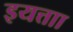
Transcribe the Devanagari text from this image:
इयत्ताा